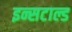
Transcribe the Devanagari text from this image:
इन्सटाल्ड